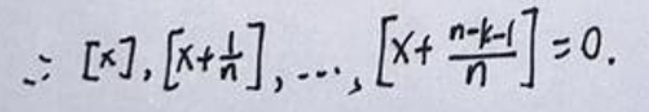
$\therefore [x],\left[x + \frac{1}{n}\right],\cdots,\left[x + \frac{n - k - 1}{n}\right]=0.$